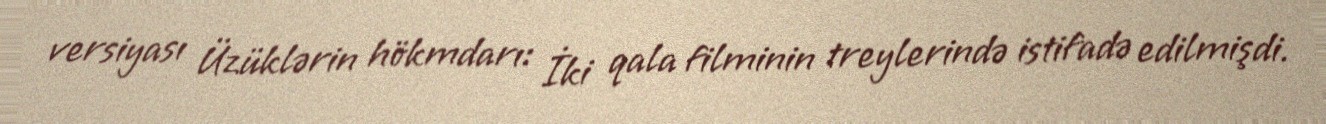
versiyası Üzüklərin hökmdarı: İki qala filminin treylerində istifadə edilmişdi.